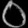
Digit: ၀